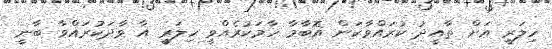
ހިލަރީ އަށް ތާއީދު ކުރައްވާކަން އޮބާމާ ހާމަކުރެއްވީ ހިލަރީ އާ ވާދަކުރައްވާ ބާނީ